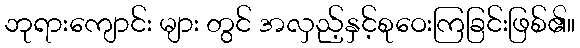
ဘုရားကျောင်း များ တွင် အလှည့်နှင့်စုဝေးကြခြင်းဖြစ်၏။